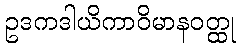
ဥဒကဒါယိကာဝိမာနဝတ္ထု